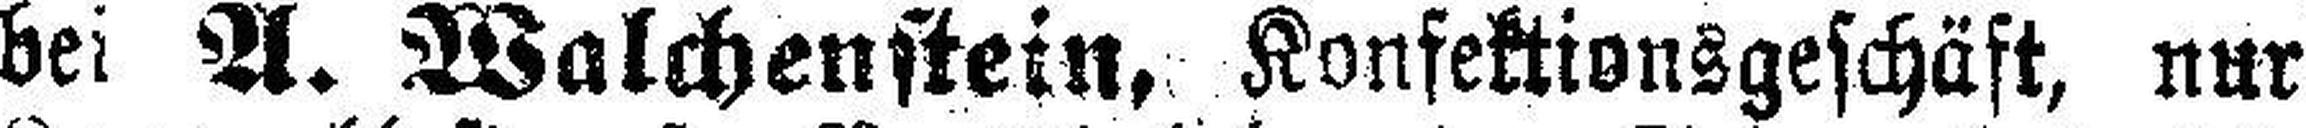
bei A. Walchenstein, Konfektionsgeschäft, nur